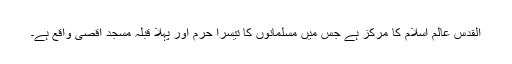
القدس عالم اسلام کا مرکز ہے جس میں مسلمانوں کا تیسرا حرم اور پہلا قبلہ مسجد اقصیٰ واقع ہے۔